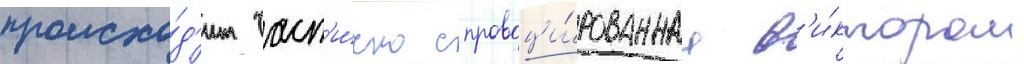
происхо́д'ит част'и́чно спровоци́рованнаа в'и́ктором